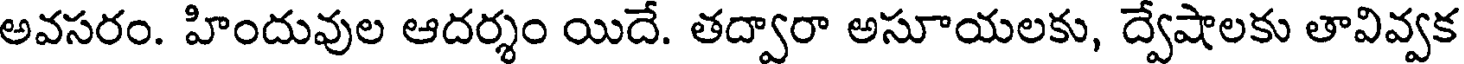
అవసరం. హిందువుల ఆదర్శం యిదే. తద్వారా అసూయలకు, ద్వేషాలకు తావివ్వక